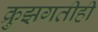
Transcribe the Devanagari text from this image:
क्रुझगतीही